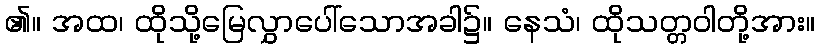
၏။ အထ၊ ထိုသို့မြေလွှာပေါ်သောအခါ၌။ နေသံ၊ ထိုသတ္တဝါတို့အား။